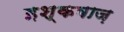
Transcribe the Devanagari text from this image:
इश्कबाज़